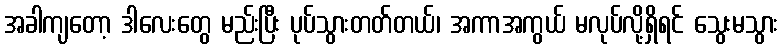
အခါကျတော့ ဒါလေးတွေ မည်းပြီး ပုပ်သွားတတ်တယ်၊ အကာအကွယ် မလုပ်လို့ရှိရင် သွေးမသွား